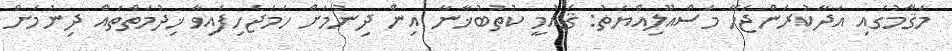
މަޤާމުގައި އަދާކުރަންޖެހޭ މަސްއޫލިއްޔަތު: ޤައުމީ ކުތުބުޚާނާ އިން ދިނުމަށް ހަމަޖެހިފައިވާ ޚިދުމަތްތައް ދިނުމަށް